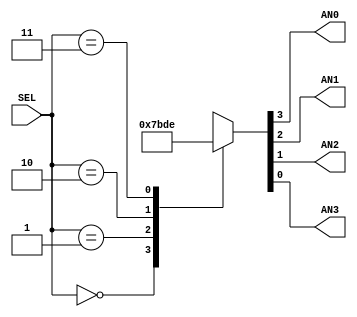
`timescale 1ns / 1ps
//////////////////////////////////////////////////////////////////////////////////
// Company: Gruppo 1
// 
// Design Name: 
// Module Name: ANODE_DECODER
// Project Name: Thermostat Control System
// Target Devices: Basys 3
// Tool Versions: 
// Description: 
// 
// Dependencies: 
// 
// Revision:
// Revision 0.01 - File Created
// Additional Comments:
// 
//////////////////////////////////////////////////////////////////////////////////


module ANODE_DECODER(
input wire[1:0] SEL,
output reg AN0,AN1,AN2,AN3
    );
    
    //decodifica dell'anodo in base al valore di sel
    always@(SEL)
        case(SEL)
            2'b00: {AN0,AN1,AN2,AN3} = 4'b0111;
            2'b01: {AN0,AN1,AN2,AN3} = 4'b1011;
            2'b10: {AN0,AN1,AN2,AN3} = 4'b1101;
            2'b11: {AN0,AN1,AN2,AN3} = 4'b1110;
            default: {AN0,AN1,AN2,AN3} = 4'b1111;
        endcase
    
endmodule